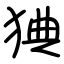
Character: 猠